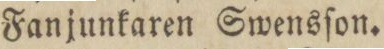
Fanjunkaren Swensſon.